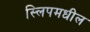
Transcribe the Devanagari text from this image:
स्लिपमधील